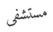
مستشفى